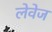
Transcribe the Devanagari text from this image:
लेवेज